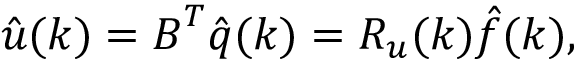
\boldsymbol { \hat { u } } ( \boldsymbol { k } ) = \boldsymbol { B } ^ { T } \boldsymbol { \hat { q } } ( \boldsymbol { k } ) = \boldsymbol { R _ { u } } ( \boldsymbol { k } ) \boldsymbol { \hat { f } } ( \boldsymbol { k } ) ,